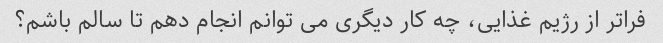
فراتر از رژیم غذایی، چه کار دیگری می توانم انجام دهم تا سالم باشم؟